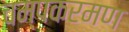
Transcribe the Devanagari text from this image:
चम्पकरमण